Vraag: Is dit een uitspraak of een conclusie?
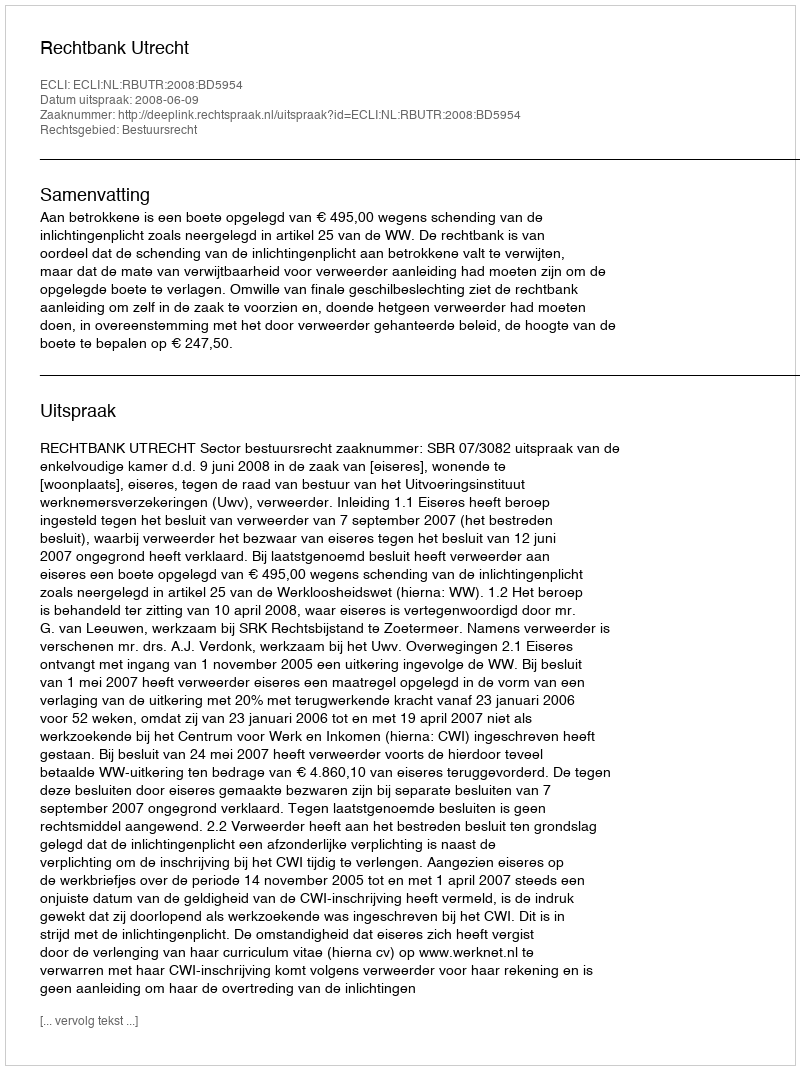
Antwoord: Uitspraak